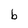
Character: b